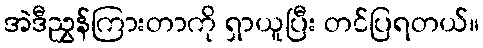
အဲဒီညွှန်ကြားတာကို ရှာယူပြီး တင်ပြရတယ်။